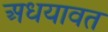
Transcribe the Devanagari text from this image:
अधयावत